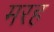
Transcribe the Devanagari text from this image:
मरह